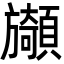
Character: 䫯